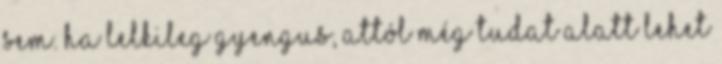
sem. Ha lelkileg gyengus, attól még tudat alatt lehet